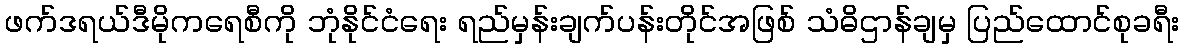
ဖက်ဒရယ်ဒီမိုကရေစီကို ဘုံနိုင်ငံရေး ရည်မှန်းချက်ပန်းတိုင်အဖြစ် သံဓိဌာန်ချမှ ပြည်ထောင်စုခရီး